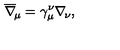
\overline { \nabla } _ { \! \mu } = \gamma _ { \mu } ^ { \nu } \nabla _ { \! \nu } ,